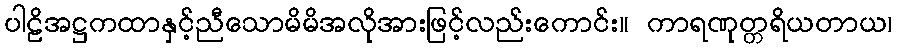
ပါဠိအဋ္ဌကထာနှင့်ညီသောမိမိအလိုအားဖြင့်လည်းကောင်း။ ကာရဏုတ္တရိယတာယ၊